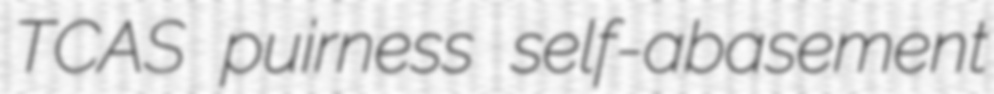
TCAS puirness self-abasement